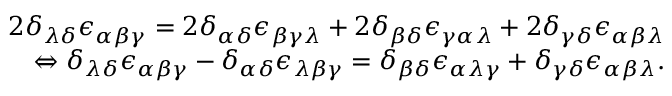
\begin{array} { r } { 2 \delta _ { \lambda \delta } \epsilon _ { \alpha \beta \gamma } = 2 \delta _ { \alpha \delta } \epsilon _ { \beta \gamma \lambda } + 2 \delta _ { \beta \delta } \epsilon _ { \gamma \alpha \lambda } + 2 \delta _ { \gamma \delta } \epsilon _ { \alpha \beta \lambda } } \\ { \Leftrightarrow \delta _ { \lambda \delta } \epsilon _ { \alpha \beta \gamma } - \delta _ { \alpha \delta } \epsilon _ { \lambda \beta \gamma } = \delta _ { \beta \delta } \epsilon _ { \alpha \lambda \gamma } + \delta _ { \gamma \delta } \epsilon _ { \alpha \beta \lambda } . } \end{array}